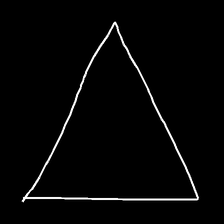
Glyph: convergence